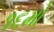
૧૬મો